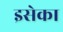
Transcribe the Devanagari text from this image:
इसेका